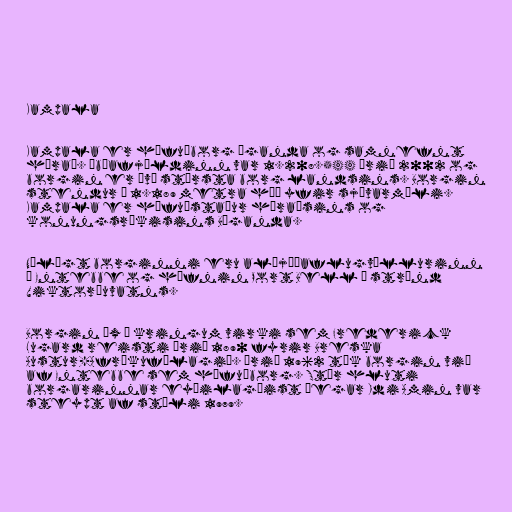
Kampala

Kampala er höfuðborg Úganda og samnefnt
hérað. Íbúafjöldinn var 1.208.544 árið 2002 og
borgin er því stærsta borg landsins. Borgin
stendur í 1.189 metra hæð yfir sjávarmáli.
Kampala er höfuðstaður héraðsins og
konungsríkisins Búganda.

Nálægt borginni eru alþjóðaflugvöllurinn
í Entebbe og höfnin Port Bell á strönd
Viktoríuvatns.

Borgin óx í kringum virki sem Frederick
Lugard reisti árið 1890 fyrir Breska
Austur-Afríkufélagið. Árið 1962 tók borgin við
af Entebbe sem höfuðborg. Stór hluti
borgarinnar eyðilagðist þegar Idi Amin var
steypt af stóli 1979.